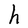
Character: h